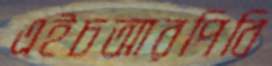
এইচআরপিবি